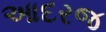
આદરજ